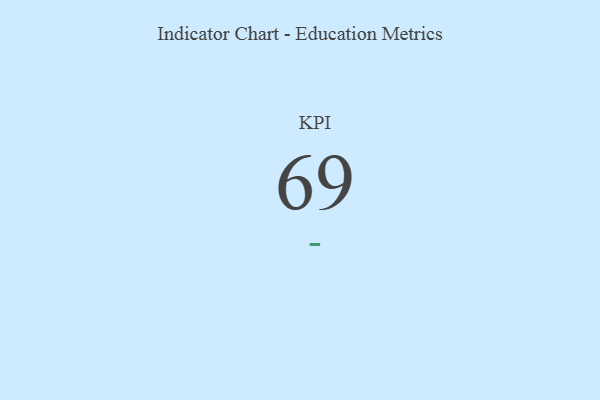
{"axis": {"x": "KPI", "y": "Value"}, "legend": [""], "data": [{"x": "KPI", "y": 69, "type": ""}]}